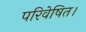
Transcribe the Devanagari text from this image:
परिवेषित।